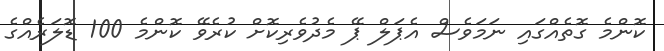
ކޮންމެ ގޮތެއްގައި ނަމަވެސް އެޕަލް ޕޭ މެދުވެރިކޮށް ކުރެވޭ ކޮންމެ 100 ޑޮލަރެއްގެ